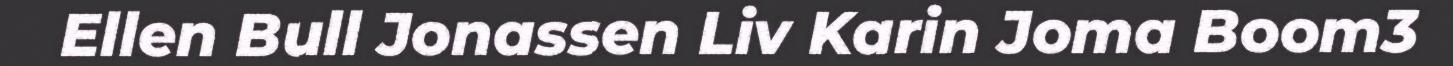
Ellen Bull Jonassen Liv Karin Joma Boom3